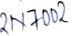
Text: 2N7002